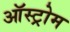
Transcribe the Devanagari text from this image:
ऑस्ट्रोम